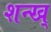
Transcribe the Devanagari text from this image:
शन्ख्